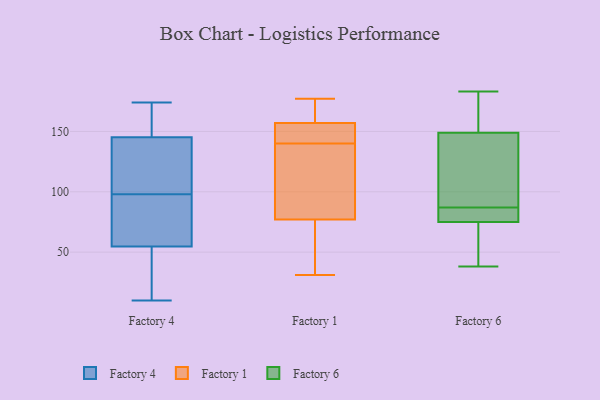
{"axis": {"x": "Energy Usage (MWh)", "y": "Value"}, "legend": ["Factory 1", "Factory 4", "Factory 6"], "data": [{"x": "", "y": 98, "type": "Factory 4"}, {"x": "", "y": 66, "type": "Factory 4"}, {"x": "", "y": 149, "type": "Factory 4"}, {"x": "", "y": 174, "type": "Factory 4"}, {"x": "", "y": 54, "type": "Factory 4"}, {"x": "", "y": 149, "type": "Factory 4"}, {"x": "", "y": 57, "type": "Factory 4"}, {"x": "", "y": 10, "type": "Factory 4"}, {"x": "", "y": 28, "type": "Factory 4"}, {"x": "", "y": 111, "type": "Factory 4"}, {"x": "", "y": 134, "type": "Factory 4"}, {"x": "", "y": 143, "type": "Factory 1"}, {"x": "", "y": 66, "type": "Factory 1"}, {"x": "", "y": 147, "type": "Factory 1"}, {"x": "", "y": 77, "type": "Factory 1"}, {"x": "", "y": 31, "type": "Factory 1"}, {"x": "", "y": 121, "type": "Factory 1"}, {"x": "", "y": 156, "type": "Factory 1"}, {"x": "", "y": 81, "type": "Factory 1"}, {"x": "", "y": 170, "type": "Factory 1"}, {"x": "", "y": 137, "type": "Factory 1"}, {"x": "", "y": 63, "type": "Factory 1"}, {"x": "", "y": 173, "type": "Factory 1"}, {"x": "", "y": 177, "type": "Factory 1"}, {"x": "", "y": 157, "type": "Factory 1"}, {"x": "", "y": 90, "type": "Factory 6"}, {"x": "", "y": 149, "type": "Factory 6"}, {"x": "", "y": 75, "type": "Factory 6"}, {"x": "", "y": 38, "type": "Factory 6"}, {"x": "", "y": 139, "type": "Factory 6"}, {"x": "", "y": 182, "type": "Factory 6"}, {"x": "", "y": 51, "type": "Factory 6"}, {"x": "", "y": 84, "type": "Factory 6"}, {"x": "", "y": 79, "type": "Factory 6"}, {"x": "", "y": 183, "type": "Factory 6"}]}